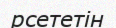
рсететін